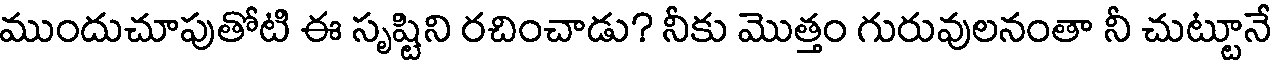
ముందుచూపుతోటి ఈ సృష్టిని రచించాడు? నీకు మొత్తం గురువులనంతా నీ చుట్టూనే